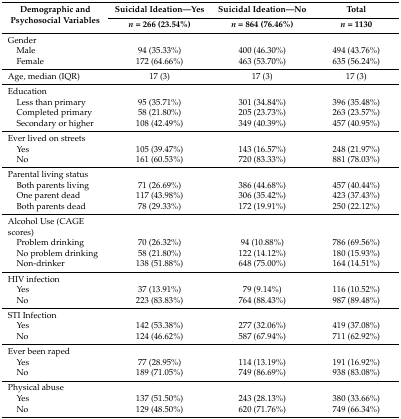
<table><thead><tr><td rowspan="2"><b>Demographic and Psychosocial Variables</b></td><td><b>Suicidal Ideation—Yes</b></td><td><b>Suicidal Ideation—No</b></td><td><b>Total</b></td></tr><tr><td><b><i>n</i> = 266 (23.54%)</b></td><td><b><i>n</i> = 864 (76.46%)</b></td><td><b><i>n</i> = 1130</b></td></tr></thead><tbody><tr><td>Gender</td><td></td><td></td><td></td></tr><tr><td> Male</td><td>94 (35.33%)</td><td>400 (46.30%)</td><td>494 (43.76%)</td></tr><tr><td> Female</td><td>172 (64.66%)</td><td>463 (53.70%)</td><td>635 (56.24%)</td></tr><tr><td>Age, median (IQR)</td><td>17 (3)</td><td>17 (3)</td><td>17 (3)</td></tr><tr><td>Education</td><td></td><td></td><td></td></tr><tr><td> Less than primary</td><td>95 (35.71%)</td><td>301 (34.84%)</td><td>396 (35.48%)</td></tr><tr><td> Completed primary</td><td>58 (21.80%)</td><td>205 (23.73%)</td><td>263 (23.57%)</td></tr><tr><td> Secondary or higher</td><td>108 (42.49%)</td><td>349 (40.39%)</td><td>457 (40.95%)</td></tr><tr><td>Ever lived on streets</td><td></td><td></td><td></td></tr><tr><td> Yes</td><td>105 (39.47%)</td><td>143 (16.57%)</td><td>248 (21.97%)</td></tr><tr><td> No</td><td>161 (60.53%)</td><td>720 (83.33%)</td><td>881 (78.03%)</td></tr><tr><td>Parental living status</td><td></td><td></td><td></td></tr><tr><td> Both parents living</td><td>71 (26.69%)</td><td>386 (44.68%)</td><td>457 (40.44%)</td></tr><tr><td> One parent dead</td><td>117 (43.98%)</td><td>306 (35.42%)</td><td>423 (37.43%)</td></tr><tr><td> Both parents dead</td><td>78 (29.33%)</td><td>172 (19.91%)</td><td>250 (22.12%)</td></tr><tr><td>Alcohol Use (CAGE scores)</td><td></td><td></td><td></td></tr><tr><td> Problem drinking</td><td>70 (26.32%)</td><td>94 (10.88%)</td><td>786 (69.56%)</td></tr><tr><td> No problem drinking</td><td>58 (21.80%)</td><td>122 (14.12%)</td><td>180 (15.93%)</td></tr><tr><td> Non-drinker</td><td>138 (51.88%)</td><td>648 (75.00%)</td><td>164 (14.51%)</td></tr><tr><td>HIV infection</td><td></td><td></td><td></td></tr><tr><td> Yes</td><td>37 (13.91%)</td><td>79 (9.14%)</td><td>116 (10.52%)</td></tr><tr><td> No</td><td>223 (83.83%)</td><td>764 (88.43%)</td><td>987 (89.48%)</td></tr><tr><td>STI Infection</td><td></td><td></td><td></td></tr><tr><td> Yes</td><td>142 (53.38%)</td><td>277 (32.06%)</td><td>419 (37.08%)</td></tr><tr><td> No</td><td>124 (46.62%)</td><td>587 (67.94%)</td><td>711 (62.92%)</td></tr><tr><td>Ever been raped</td><td></td><td></td><td></td></tr><tr><td> Yes</td><td>77 (28.95%)</td><td>114 (13.19%)</td><td>191 (16.92%)</td></tr><tr><td> No</td><td>189 (71.05%)</td><td>749 (86.69%)</td><td>938 (83.08%)</td></tr><tr><td>Physical abuse</td><td></td><td></td><td></td></tr><tr><td> Yes</td><td>137 (51.50%)</td><td>243 (28.13%)</td><td>380 (33.66%)</td></tr><tr><td> No</td><td>129 (48.50%)</td><td>620 (71.76%)</td><td>749 (66.34%)</td></tr></tbody></table>